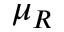
\mu _ { R }